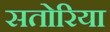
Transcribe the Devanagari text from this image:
सतोरिया